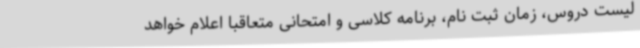
لیست دروس، زمان ثبت نام، برنامه کلاسی و امتحانی متعاقبا اعلام خواهد